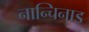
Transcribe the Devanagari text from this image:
नान्चिनाड